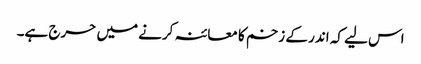
اس لیے کہ اندر کے زخم کا معائنہ کرنے میں حرج ہے۔